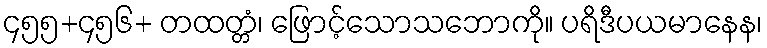
၄၅၅+၄၅၆+ တထတ္တံ၊ ဖြောင့်သောသဘောကို။ ပရိဒီပယမာနေန၊